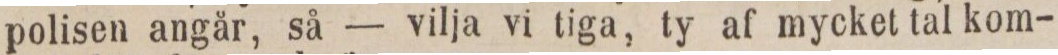
polisen angår, så — vilja vi tiga, ty af mycket tal kom-